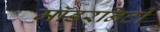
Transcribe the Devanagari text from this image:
मॉडरनिटी